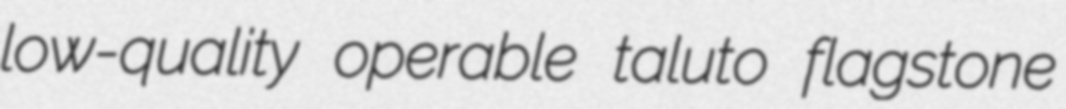
low-quality operable taluto flagstone